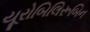
યૂરોબિલિરૂબિન